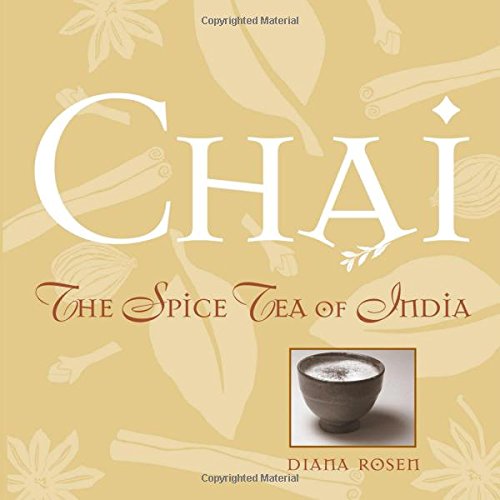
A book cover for Chai: The Spice Tea of India; Diana Rosen; Cookbooks, Food & Wine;